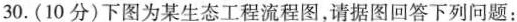
30.(10分)下图为某生态工程流程图，请据图回答下列问题：